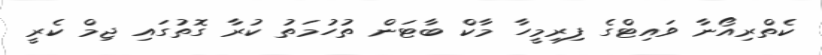
ކެތްރިއޯނާ ވައިޓްގެ ފިރިމީހާ މާކް ބާޓަން ތުހުމަތު ކުރާ ގޮތުގައި ޖިމް ކެރީ